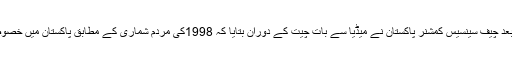
چھٹی مردم و خانہ شماری 2017کے بعد چیف سینسیس کمشنر پاکستان نے میڈیا سے بات چیت کے دوران بتایا کہ 1998کی مردم شماری کے مطابق پاکستان میں خصوصی افراد کل آبادی کا 2.38فیصد تھے۔